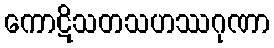
ကောဋိသတသဟဿဂုဏာ